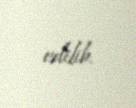
edilib.